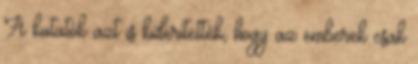
A kutatók azt is kiderítették, hogy az emberek csak